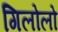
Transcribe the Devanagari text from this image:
गिलोलो